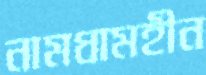
নামধামহীন